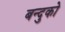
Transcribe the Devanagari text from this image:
बन्दुको